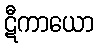
ဋီကာယော